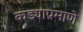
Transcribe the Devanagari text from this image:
कड्याप्रमाणे